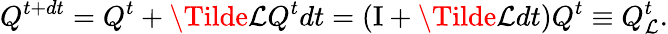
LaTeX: Q^{t+dt}=Q^{t}+\Tilde{\mathcal{L}}Q^{t}dt=(\mathrm{I}+\Tilde{\mathcal{L}}dt)Q^{t}\equiv Q_{\mathcal{L}}^{t}.